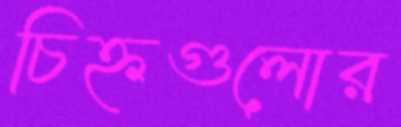
চিহ্নগুলোর